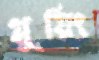
গ্লুয়িং